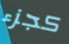
كجزء